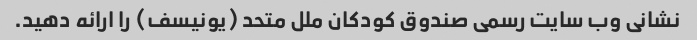
نشانی وب سایت رسمی صندوق کودکان ملل متحد (یونیسف) را ارائه دهید.